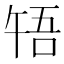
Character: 啎